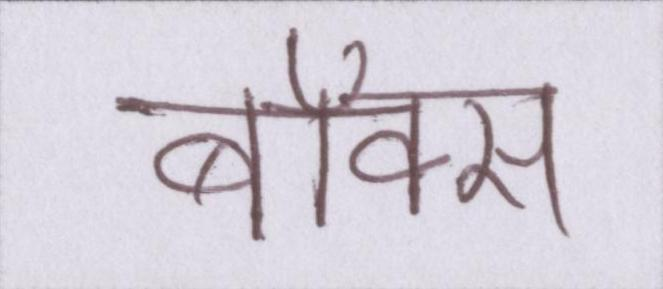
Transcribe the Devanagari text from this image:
बॉक्स